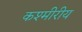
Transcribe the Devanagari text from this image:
कश्मीरीय